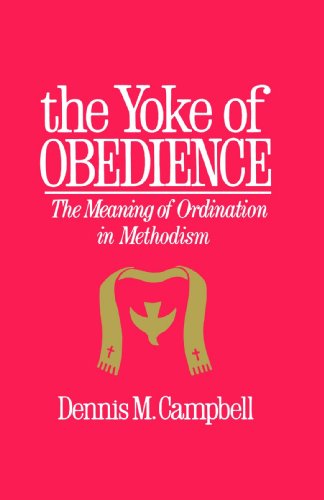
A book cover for Yoke of Obedience: The Meaning of Ordination in Methodism (United Methodist studies); Dennis M. Campbell; Christian Books & Bibles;